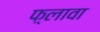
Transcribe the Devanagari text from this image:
फ़्लावा